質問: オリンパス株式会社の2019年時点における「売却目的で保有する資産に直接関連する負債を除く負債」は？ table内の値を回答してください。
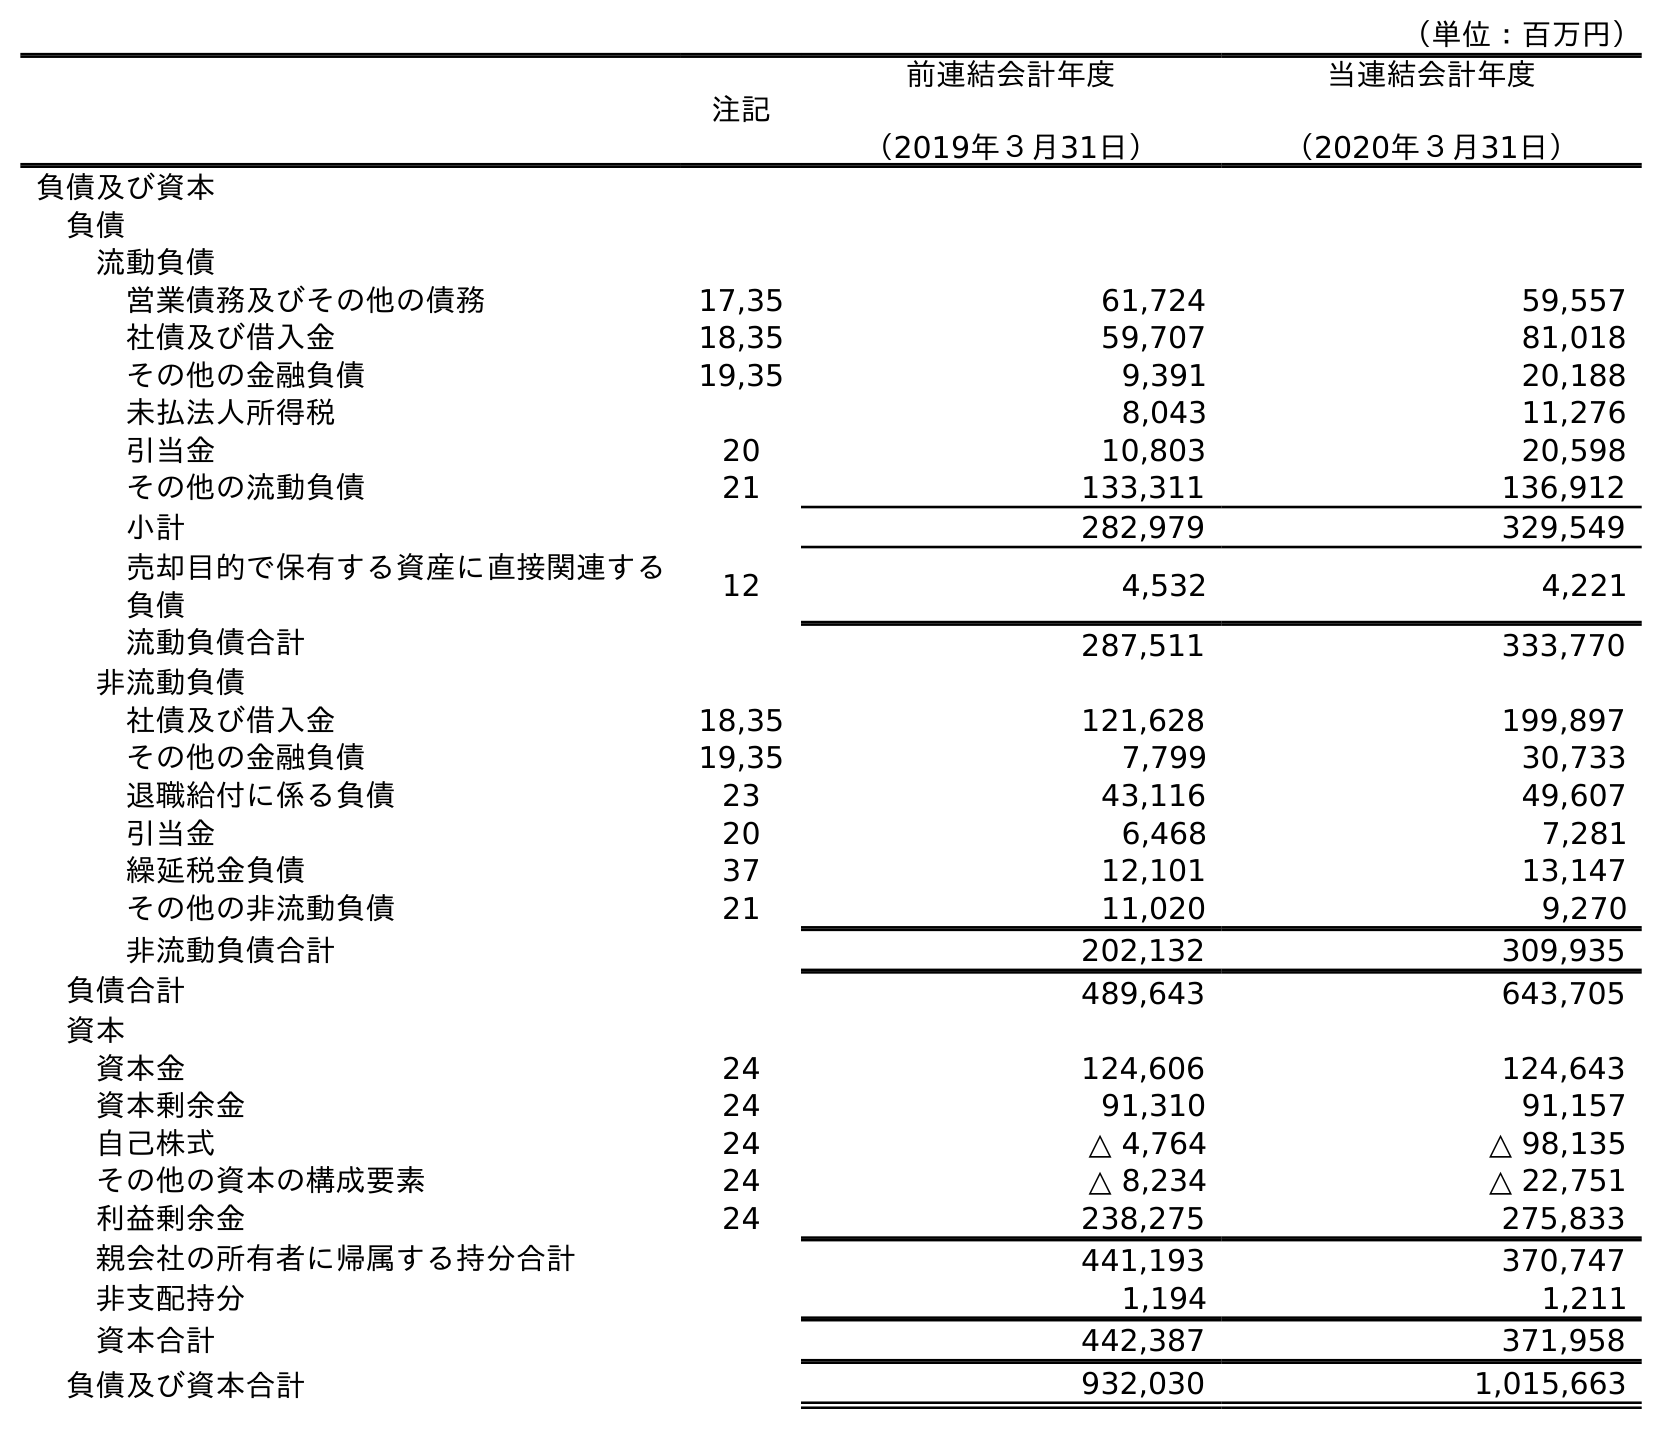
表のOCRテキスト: （単位：百万円） 注記 前連結会計年度 （2019年３月31日） 当連結会計年度 （2020年３月31日） 負債及び資本 負債 流動負債 営業債務及びその他の債務 17,35 61,724 59,557 社債及び借入金 18,35 59,707 81,018 その他の金融負債 19,35 9,391 20,188 未払法人所得税 8,043 11,276 引当金 20 10,803 20,598 その他の流動負債 21 133,311 136,912 小計 282,979 329,549 売却目的で保有する資産に直接関連する 負債 12 4,532 4,221 流動負債合計 287,511 333,770 非流動負債 社債及び借入金 18,35 121,628 199,897 その他の金融負債 19,35 7,799 30,733 退職給付に係る負債 23 43,116 49,607 引当金 20 6,468 7,281 繰延税金負債 37 12,101 13,147 その他の非流動負債 21 11,020 9,270 非流動負債合計 202,132 309,935 負債合計 489,643 643,705 資本 資本金 24 124,606 124,643 資本剰余金 24 91,310 91,157 自己株式 24 △ 4,764 △ 98,135 その他の資本の構成要素 24 △ 8,234 △ 22,751 利益剰余金 24 238,275 275,833 親会社の所有者に帰属する持分合計 441,193 370,747 非支配持分 1,194 1,211 資本合計 442,387 371,958 負債及び資本合計 932,030 1,015,663
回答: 282,979